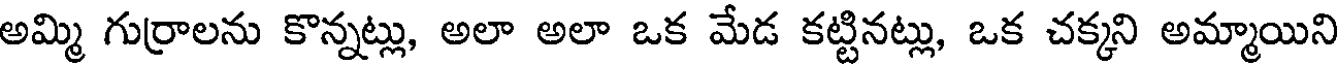
అమ్మి గుర్రాలను కొన్నట్లు, అలా అలా ఒక మేడ కట్టినట్లు, ఒక చక్కని అమ్మాయిని